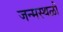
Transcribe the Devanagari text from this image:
जन्मस्थळी